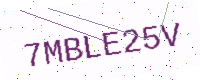
Text: 7MBLE25V